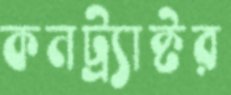
কনট্র্যাক্টর